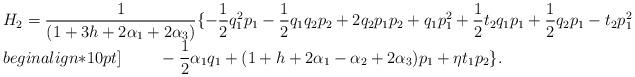
LaTeX: \begin{align*}\begin{array}{l}H_{2}=\dfrac{1}{(1+3h+2\alpha_{1}+2\alpha_{3})}\{-\dfrac{1}{2}q_{1}^2p_{1}-\dfrac{1}{2}q_{1}q_{2}p_{2}+2q_{2}p_{1}p_{2}+q_{1}p_{1}^2+\dfrac{1}{2}t_{2}q_{1}p_{1}+\dfrac{1}{2}q_{2}p_{1}-t_{2}p_{1}^2\\begin{align*}10pt]\phantom{H_{1}=}-\dfrac{1}{2}\alpha_{1}q_{1}+(1+h+2\alpha_{1}-\alpha_{2}+2\alpha_{3})p_{1}+\eta t_{1}p_{2}\}.\end{array}\end{align*}